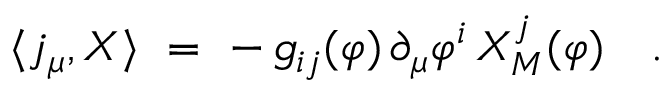
\langle j _ { \mu } , X \rangle ~ = ~ - \, g _ { i j } ( \varphi ) \, \partial _ { \mu } \varphi ^ { i } \, X _ { M } ^ { j } ( \varphi ) ~ ~ ~ .